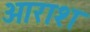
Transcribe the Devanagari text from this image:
ओराश